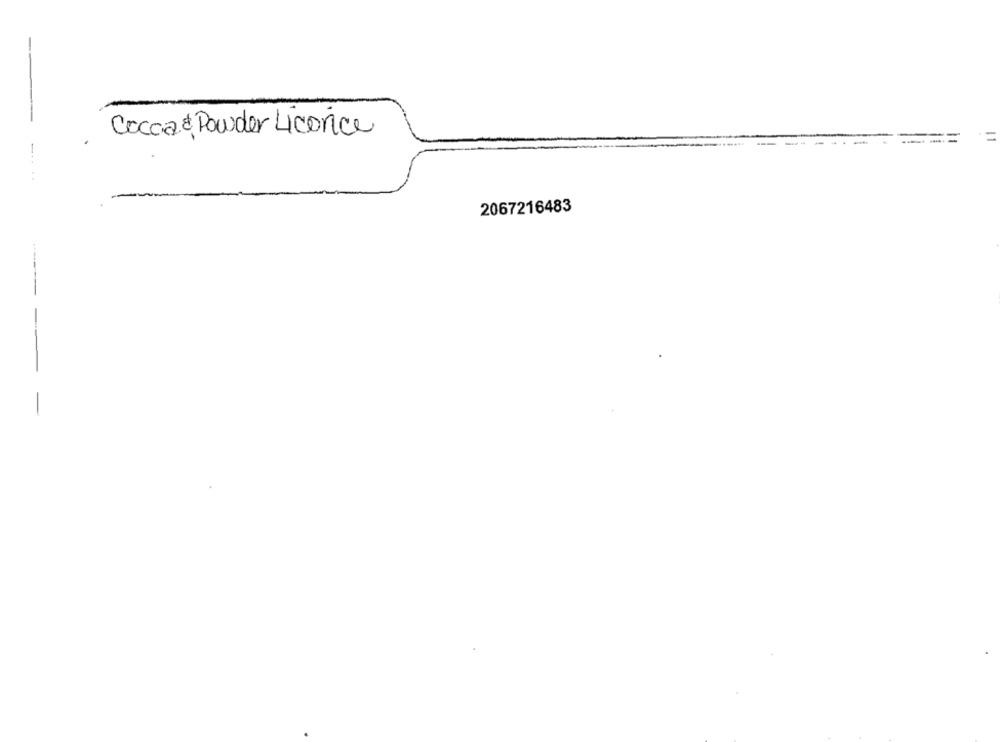
Cocoa Powder Licorice
-
2067216483